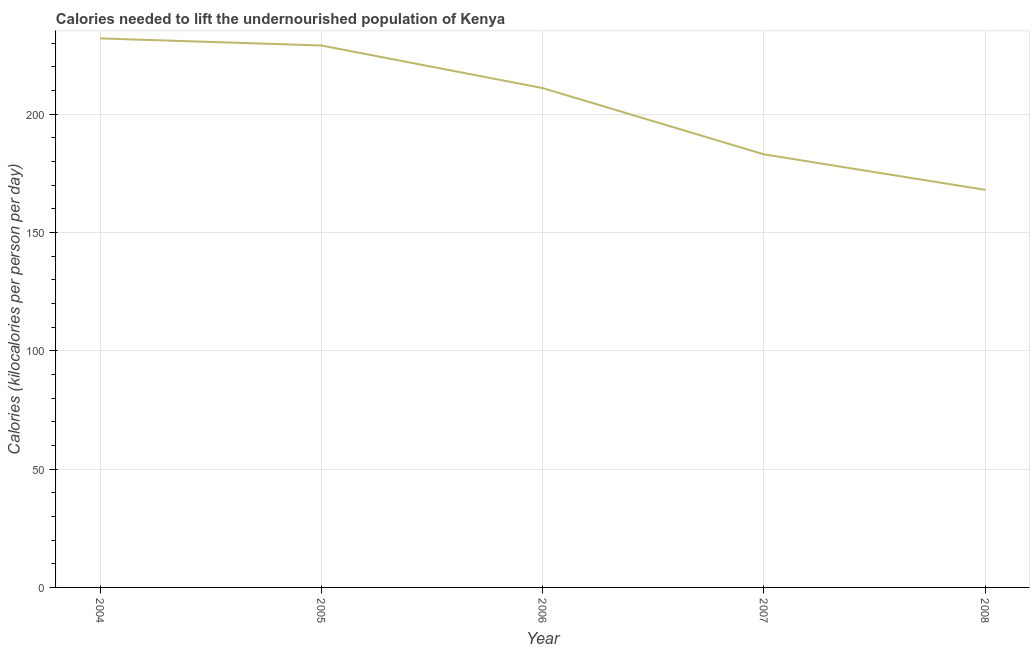
| Year | Depth of the food deficit |
 | --- | --- |
 | 2004 | 232 |
 | 2005 | 229 |
 | 2006 | 211 |
 | 2007 | 183 |
 | 2008 | 168 |